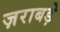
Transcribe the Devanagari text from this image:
ज़राबड़े